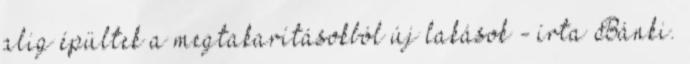
alig épültek a megtakarításokból új lakások - írta Bánki.